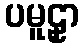
ပမူဠှာ